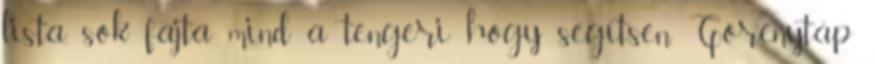
lista, sok fajta mind a tengeri hogy segítsen. Görénytáp